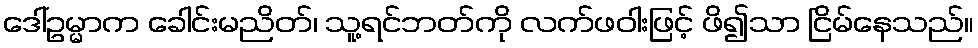
ဒေါ်ဥမ္မာက ခေါင်းမညိတ်၊ သူ့ရင်ဘတ်ကို လက်ဖဝါးဖြင့် ဖိ၍သာ ငြိမ်နေသည်။